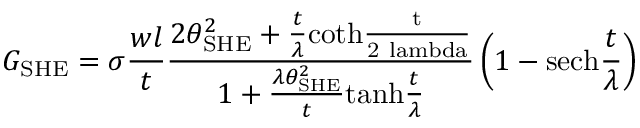
G _ { \mathrm { S H E } } = \sigma \frac { w l } { t } \frac { 2 \theta _ { \mathrm { S H E } } ^ { 2 } + \frac { t } { \lambda } \mathrm { c o t h \frac { t } { 2 \ l a m b d a } } } { 1 + \frac { \lambda \theta _ { \mathrm { S H E } } ^ { 2 } } { t } \mathrm { t a n h } \frac { t } { \lambda } } \left( 1 - \mathrm { s e c h } \frac { t } { \lambda } \right)